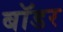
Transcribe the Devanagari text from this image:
बाॅडर